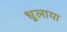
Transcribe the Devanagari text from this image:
धुलाया